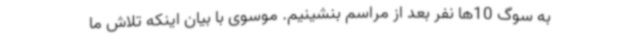
به سوگ 10ها نفر بعد از مراسم بنشینیم. موسوی با بیان اینکه تلاش ما